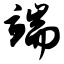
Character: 端